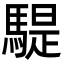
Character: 騠